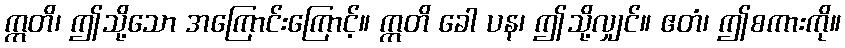
ဣတိ၊ ဤသို့သော အကြောင်းကြောင့်။ ဣတိ ခေါ ပန၊ ဤသို့လျှင်။ ဧတံ၊ ဤစကားကို။